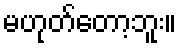
မဟုတ်တော့ဘူး။